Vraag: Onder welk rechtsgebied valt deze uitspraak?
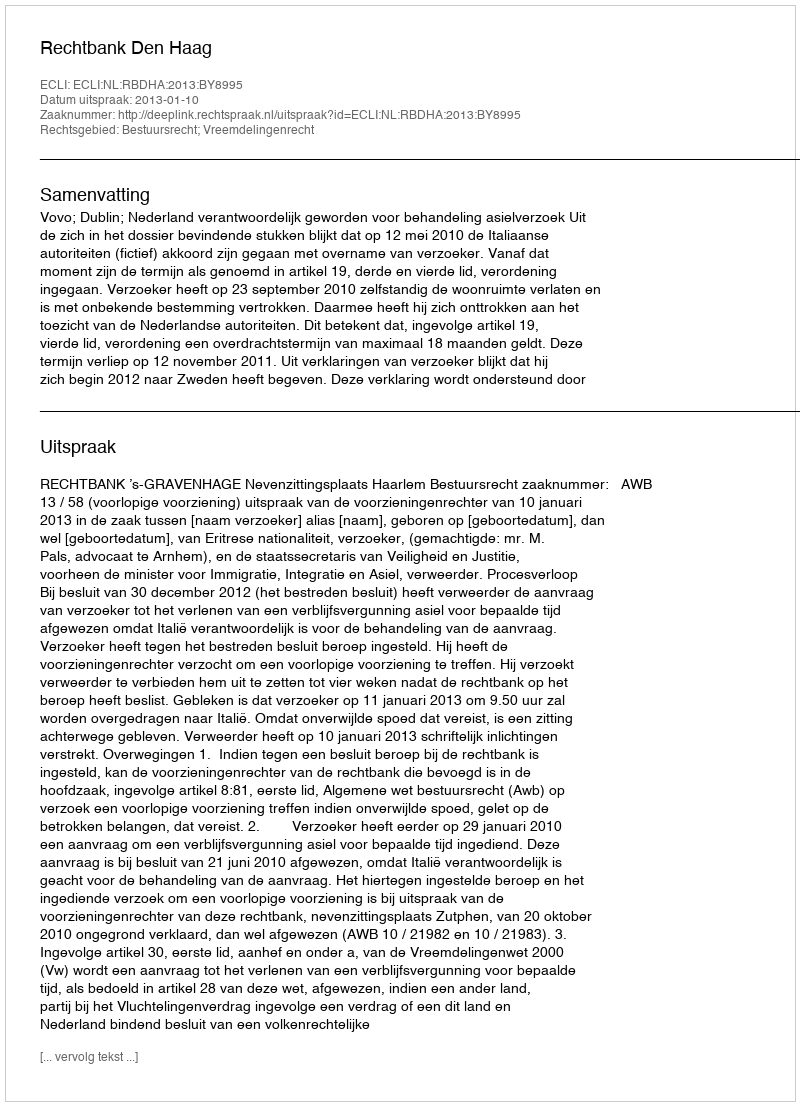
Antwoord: Bestuursrecht; Vreemdelingenrecht